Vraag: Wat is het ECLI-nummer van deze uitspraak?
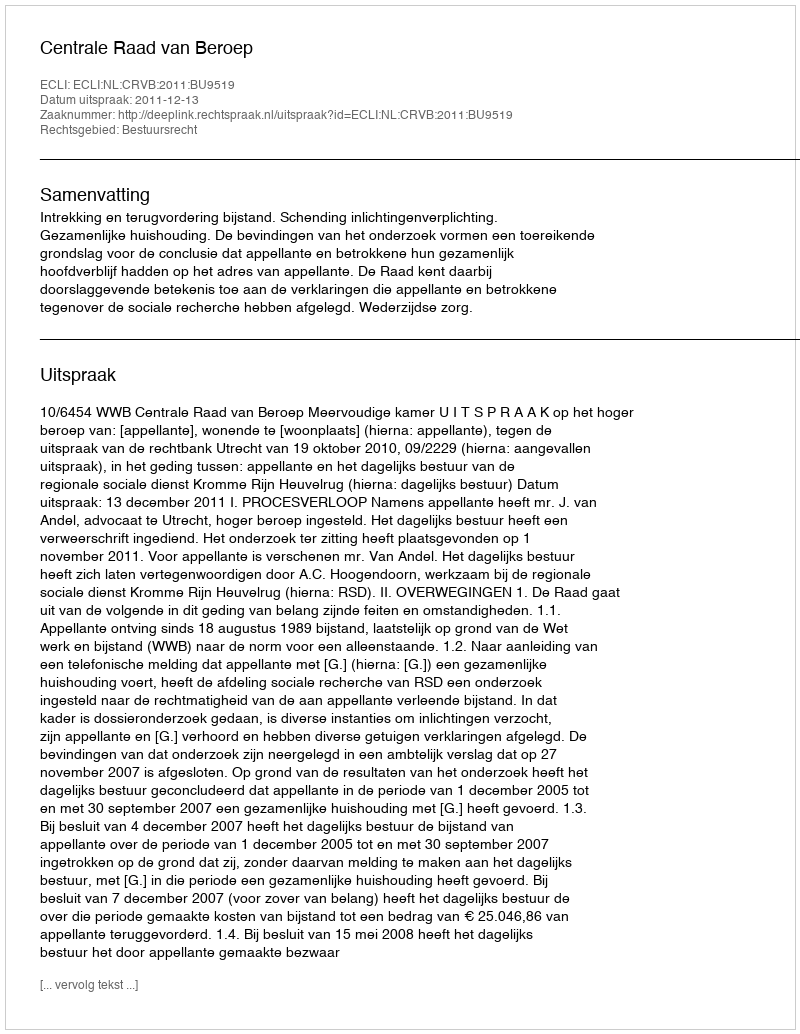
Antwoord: ECLI:NL:CRVB:2011:BU9519